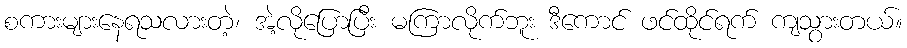
စကားများနေရသလားတဲ့၊ အဲ့လိုပြောပြီး မကြာလိုက်ဘူး ဒီကောင် ဖင်ထိုင်ရက် ကျသွားတယ်။